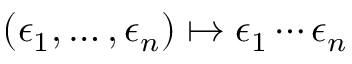
\left( \epsilon _ { 1 } , \ldots , \epsilon _ { n } \right) \mapsto \epsilon _ { 1 } \cdots \epsilon _ { n }